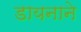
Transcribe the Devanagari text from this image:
डायनाने